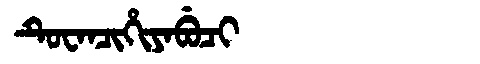
Manchu: ᡨᡠᠸᠠᠨᠴᡳᡥᡳᠶᠠᠪᡠᠴᡳ
Romanization: TUWANCIHIYABUCI